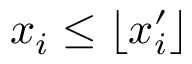
x _ { i } \leq \left\lfloor x _ { i } ^ { \prime } \right\rfloor